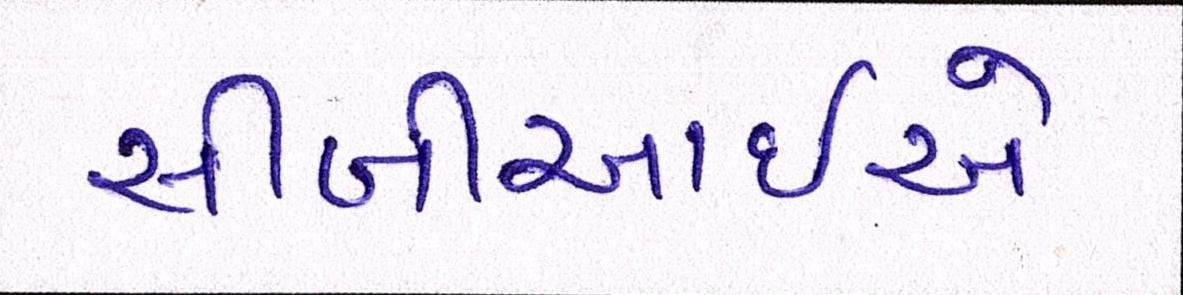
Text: સીબીઆઇએ